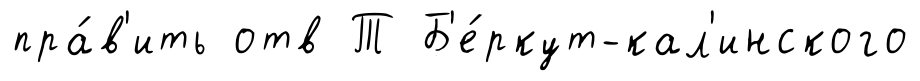
пра́в'ить отв Т Б'е́ркут-кал'инского